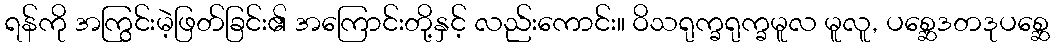
ရန်ကို အကြွင်းမဲ့ဖြတ်ခြင်း၏ အကြောင်းတို့နှင့် လည်းကောင်း။ ဝိသရုက္ခရုက္ခမူလ မူလူ, ပစ္ဆေဒတဒုပစ္ဆေ